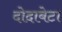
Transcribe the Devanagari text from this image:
दोदाबेटा